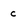
Character: c